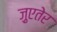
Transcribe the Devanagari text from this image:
ज़ुएतेर